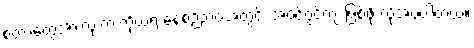
စတာတွေအားလုံးက ကိုယ့်ရဲ့ နေ့စဉ်ဘဝအတွင်း အံဝင်ဂွင်ကျ ဖြစ်ဖို့ လိုအပ်ပါတယ်။